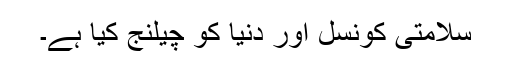
سلامتی کونسل اور دنیا کو چیلنج کیا ہے۔